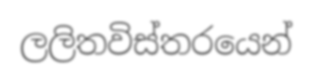
ලලිතවිස්තරයෙන්